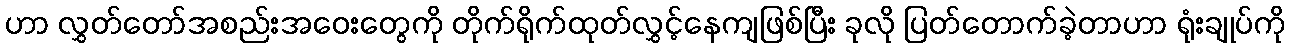
ဟာ လွှတ်တော်အစည်းအဝေးတွေကို တိုက်ရိုက်ထုတ်လွှင့်နေကျဖြစ်ပြီး ခုလို ပြတ်တောက်ခဲ့တာဟာ ရုံးချုပ်ကို